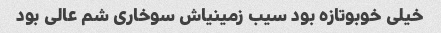
خیلی خوبو‌تازه بود سیب زمینیاش سوخاری شم عالی بود